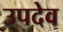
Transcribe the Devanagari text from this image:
उपदेव